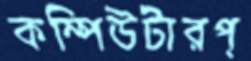
কম্পিউটারপ্